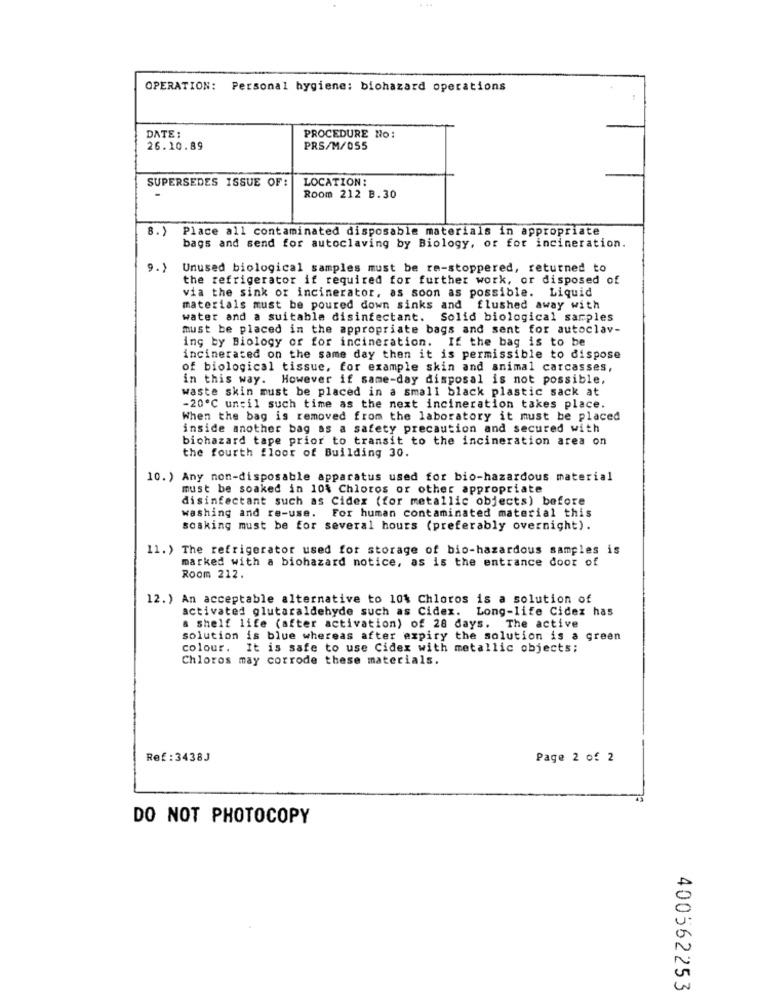
OPERATION: Personal hygiene: biohazard operations
DATE :
PROCEDURE No:
26.10.89
PRS/M/055
SUPERSEDES ISSUE OF:
LOCATION:
Room 212 B.30
8.)
Place all contaminated disposable materials in appropriate
bags and send for autoclaving by Biology, or for incineration.
9.1
Unused biological samples must be re-stoppered, returned to
the refrigerator if required for further work, or disposed of
via the sink or incinerator, as soon as possible. Liquid
materials must be poured down sinks and flushed away with
water and a suitable disinfectant. Solid biological samples
must be placed in the appropriate bags and sent for autoclav-
ing by Biology of for incineration. If the bag is to be
incinerated on the same day then it is permissible to dispose
of biological tissue, for example skin and animal carcasses,
in this way. However if same-day disposal is not possible,
waste skin must be placed in a small black plastic sack at
-20℃ until such time as the next incineration takes place.
When the bag is removed from the laboratory it must be placed
inside another bag as a safety precaution and secured with
bichazard tape prior to transit to the incineration area on
the fourth floor of Building 30.
10.) Any non-disposable apparatus used for bio-hazardous material
must be soaked in 10% Chloros or other appropriate
disinfectant such as Cidex (for metallic objects) before
washing and re-use. For human contaminated material this
soaking must be for several hours (preferably overnight).
11.) The refrigerator used for storage of bio-hazardous samples is
marked with a biohazard notice, as is the entrance door of
Room 212.
12.) An acceptable alternative to 10% Chloros is a solution of
activated glutaraldehyde such as Cidex. Long-life Cidez has
a shelf life (after activation) of 28 days. The active
solution is blue whereas after expiry the solution is a green
colour.
It is safe to use Cidex with metallic objects;
Chloros may corrode these materials.
Ref : 3438J
Page 2 of 2
DO NOT PHOTOCOPY
400562253